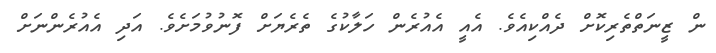
ން ޒީނަތްތެރިކޮށް ދެއްކިއެވެ. އެއީ އެއުރެން ހަލާކުގެ ތެރެޔަށް ފޮނުވުމަށެވެ. އަދި އެއުރެންނަށް